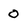
Character: 0